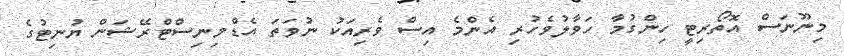
މިނޫނަސް އޮތޯރިޓީ ހިންގުމާ ހަވާލުވެހުރި އެންމެ އިސް ވެރިއަކު ނުވަތަ އެޑްމިނިސްޓްރޭޝަން ޔުނިޓުގެ